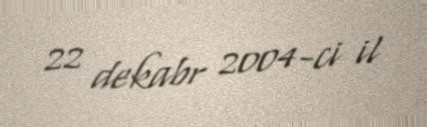
22 dekabr 2004-ci il